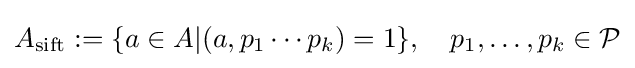
A_{\operatorname {sift} }:=\{a\in A|(a,p_{1}\cdots p_{k})=1\},\quad p_{1},\dots ,p_{k}\in {\mathcal {P}}